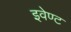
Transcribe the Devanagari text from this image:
इवेण्ट